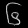
Digit: ၆